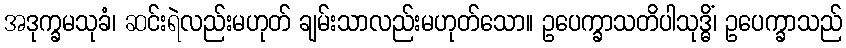
အဒုက္ခမသုခံ၊ ဆင်းရဲလည်းမဟုတ် ချမ်းသာလည်းမဟုတ်သော။ ဥပေက္ခာသတိပါသုဒ္ဓိံ၊ ဥပေက္ခာသည်